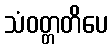
သံဝတ္တတိပေ